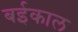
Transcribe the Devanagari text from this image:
बईकाल